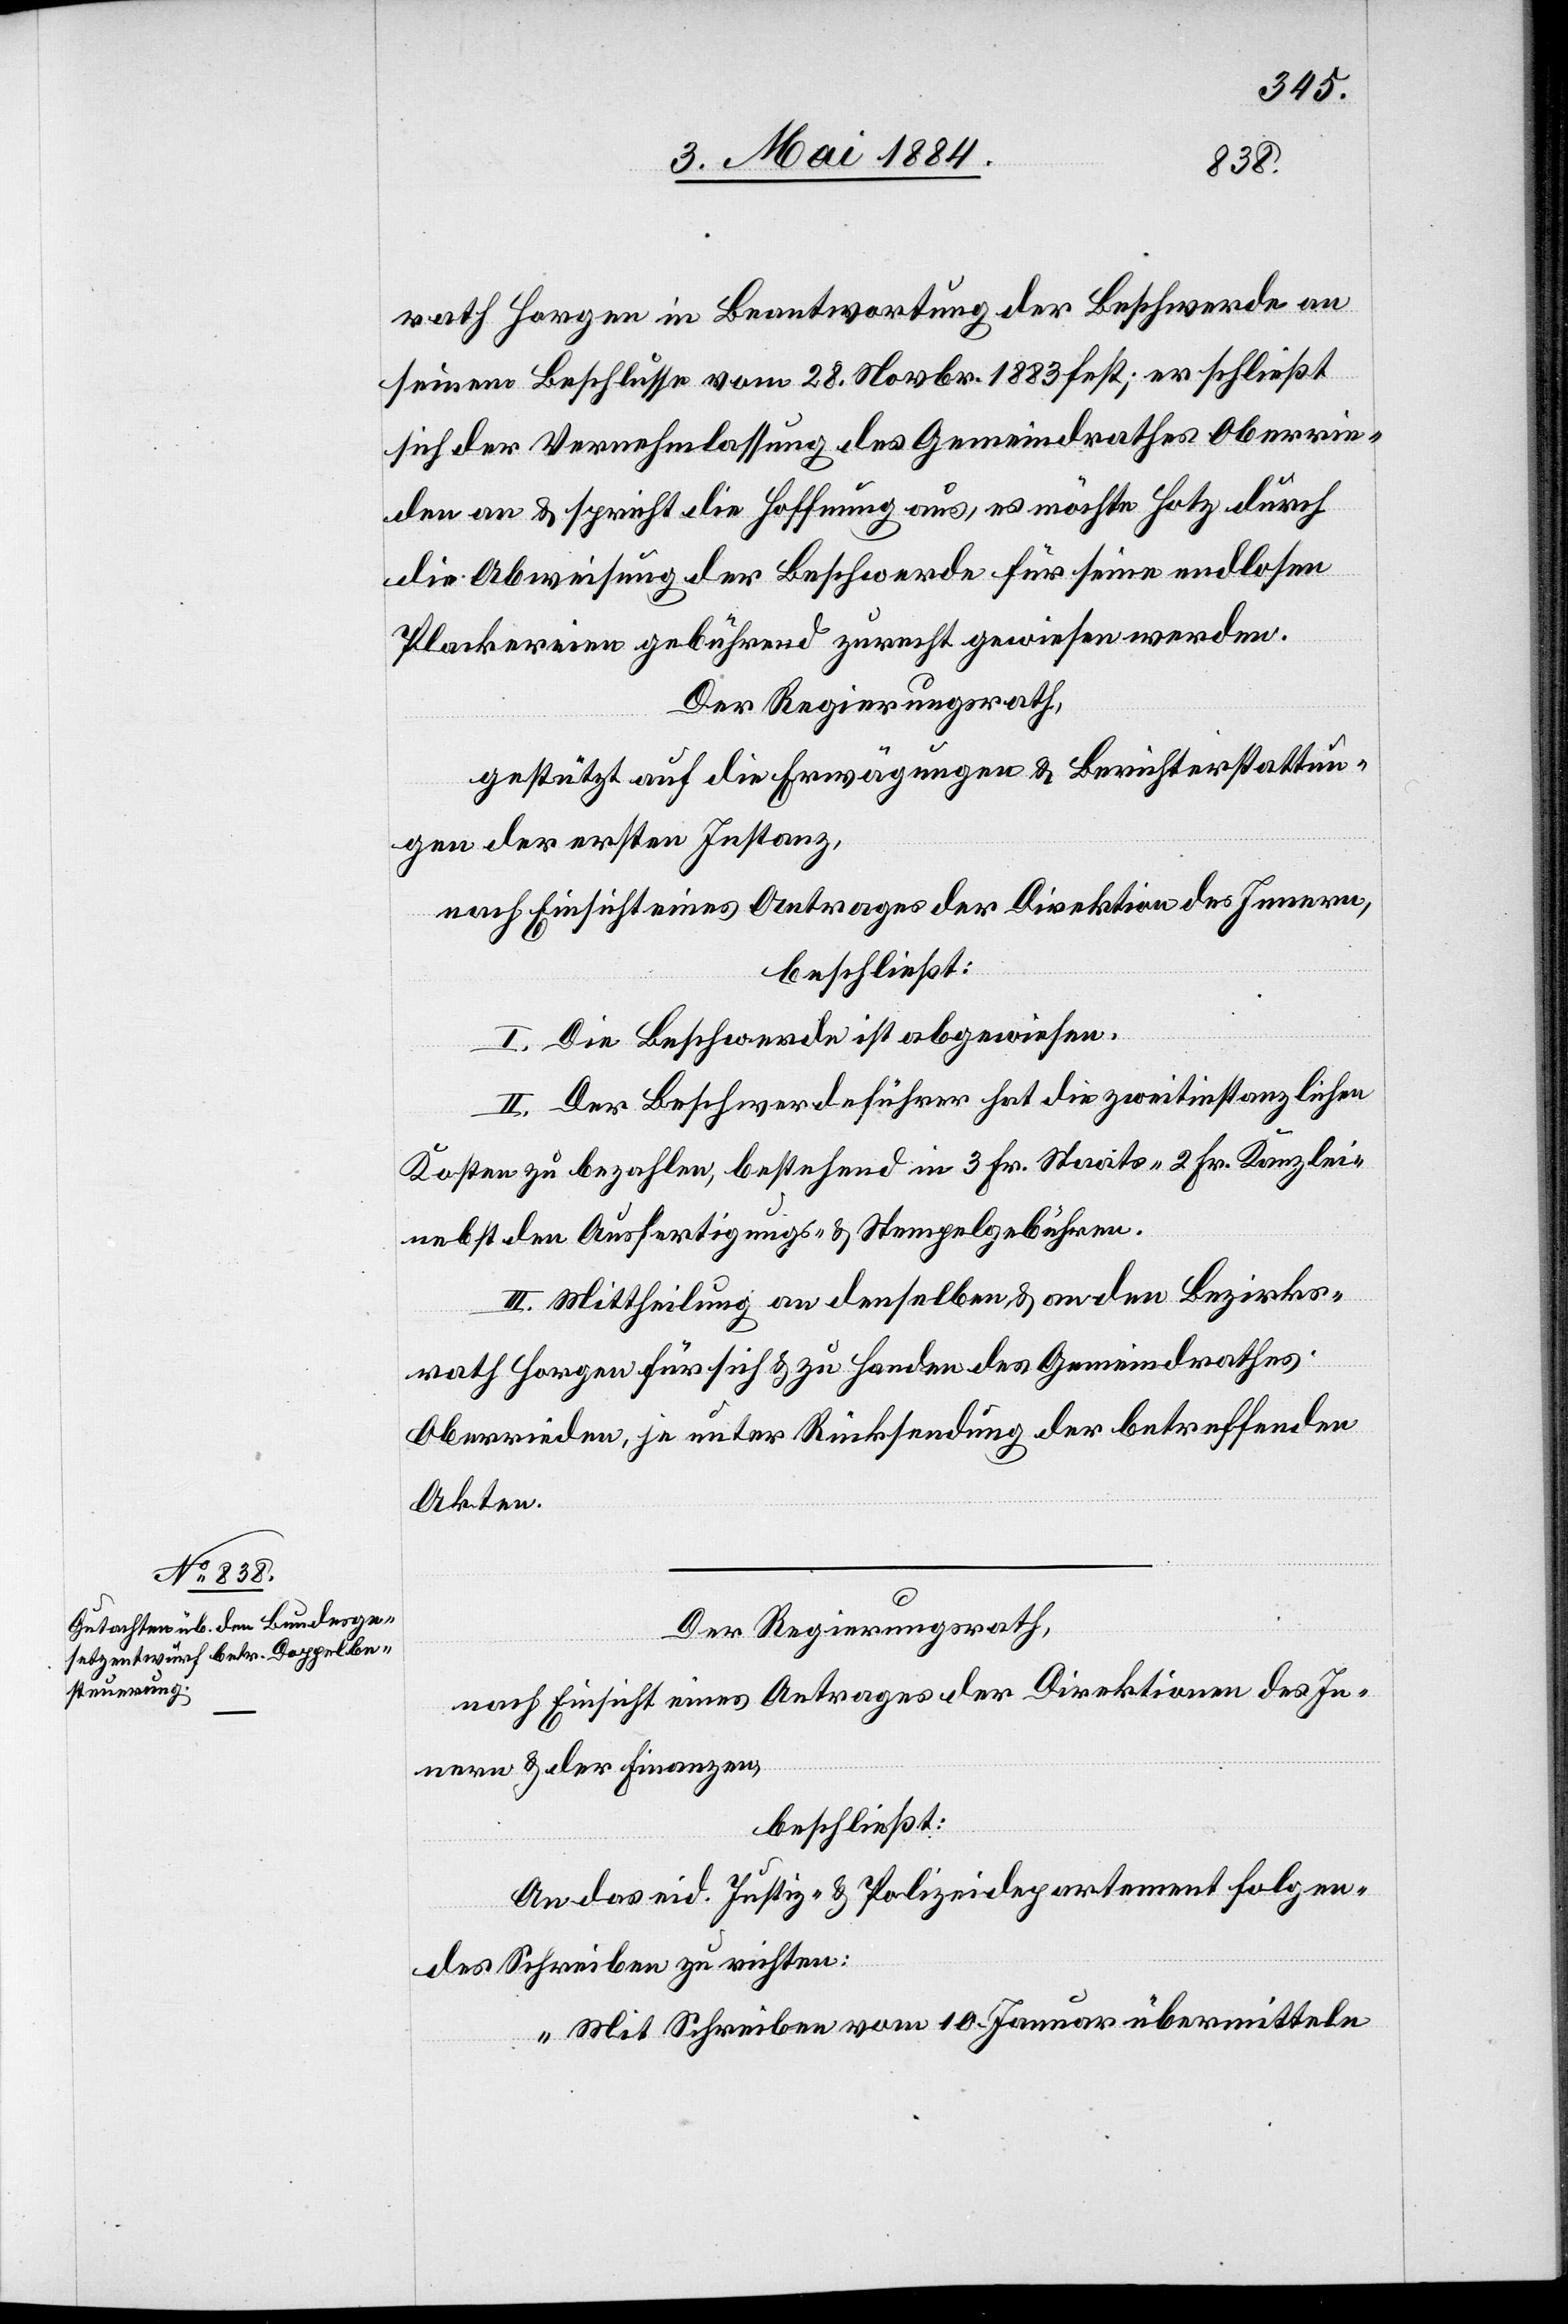
rath Horgen in Beantwortung der Beschwerde an
seinem Beschlusse vom 28. Novbr. 1883 fest, er schließt
sich der Vernehmlassung des Gemeindrathes Oberrie¬
den an & spricht die Hoffnung aus, es möchte Hotz durch
die Abweisung der Beschwerde für seine endlosen
Plackereien gebührend zurecht gewiesen werden.
Der Regierungsrath,
gestützt auf die Erwägungen & Berichterstattun¬
gen der ersten Instanz,
nach Einsicht eines Antrages der Direktion des Innern,
beschließt:
I. Die Beschwerde ist abgewiesen.
II. Der Beschwerdeführer hat die zweitinstanzlichen
Kosten zu bezahlen, bestehend in 3 Fr. Staats- 2 Fr. Kanzlei-
nebst den Ausfertigungs- & Stempelgebühren.
III. Mittheilung an denselben & an den Bezirks¬
rath Horgen für sich & zu Handen des Gemeindrathes
Oberrieden, je unter Rücksendung der betreffenden
Akten.
Der Regierungsrath,
nach Einsicht eines Antrages der Direktion des In¬
nern & der Finanzen,
beschließt:
An das eid. Justiz- & Polizeidepartement folgen¬
des Schreiben zu richten:
„Mit Schreiben vom 10. Januar übermitteln